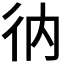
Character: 𢓇